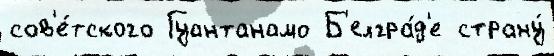
сов'е́тского Гуантанамо Б'елгра́д'е страну́